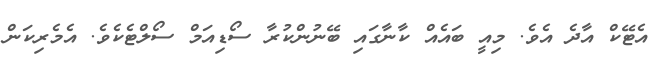
އެޓޭކް އާދެ އެވެ. މިއީ ބައެއް ކާނާގައި ބޭނުންކުރާ ސޯޑިއަމް ސޯލްޓެކެވެ. އެމެރިކަން